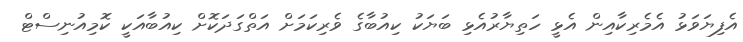
އެފިޔަވަޅު އެމެރިކާއިން އެޅީ ހަތިޔާރުއެޅި ބަޔަކު ކިއުބާގެ ވެރިކަމަށް އަތްގަދަކޮށް ކިއުބާއަކީ ކޮމިއުނިސްޓް